NAE_ERA_R-1992_EV_Ehitusministeerium, lk 27
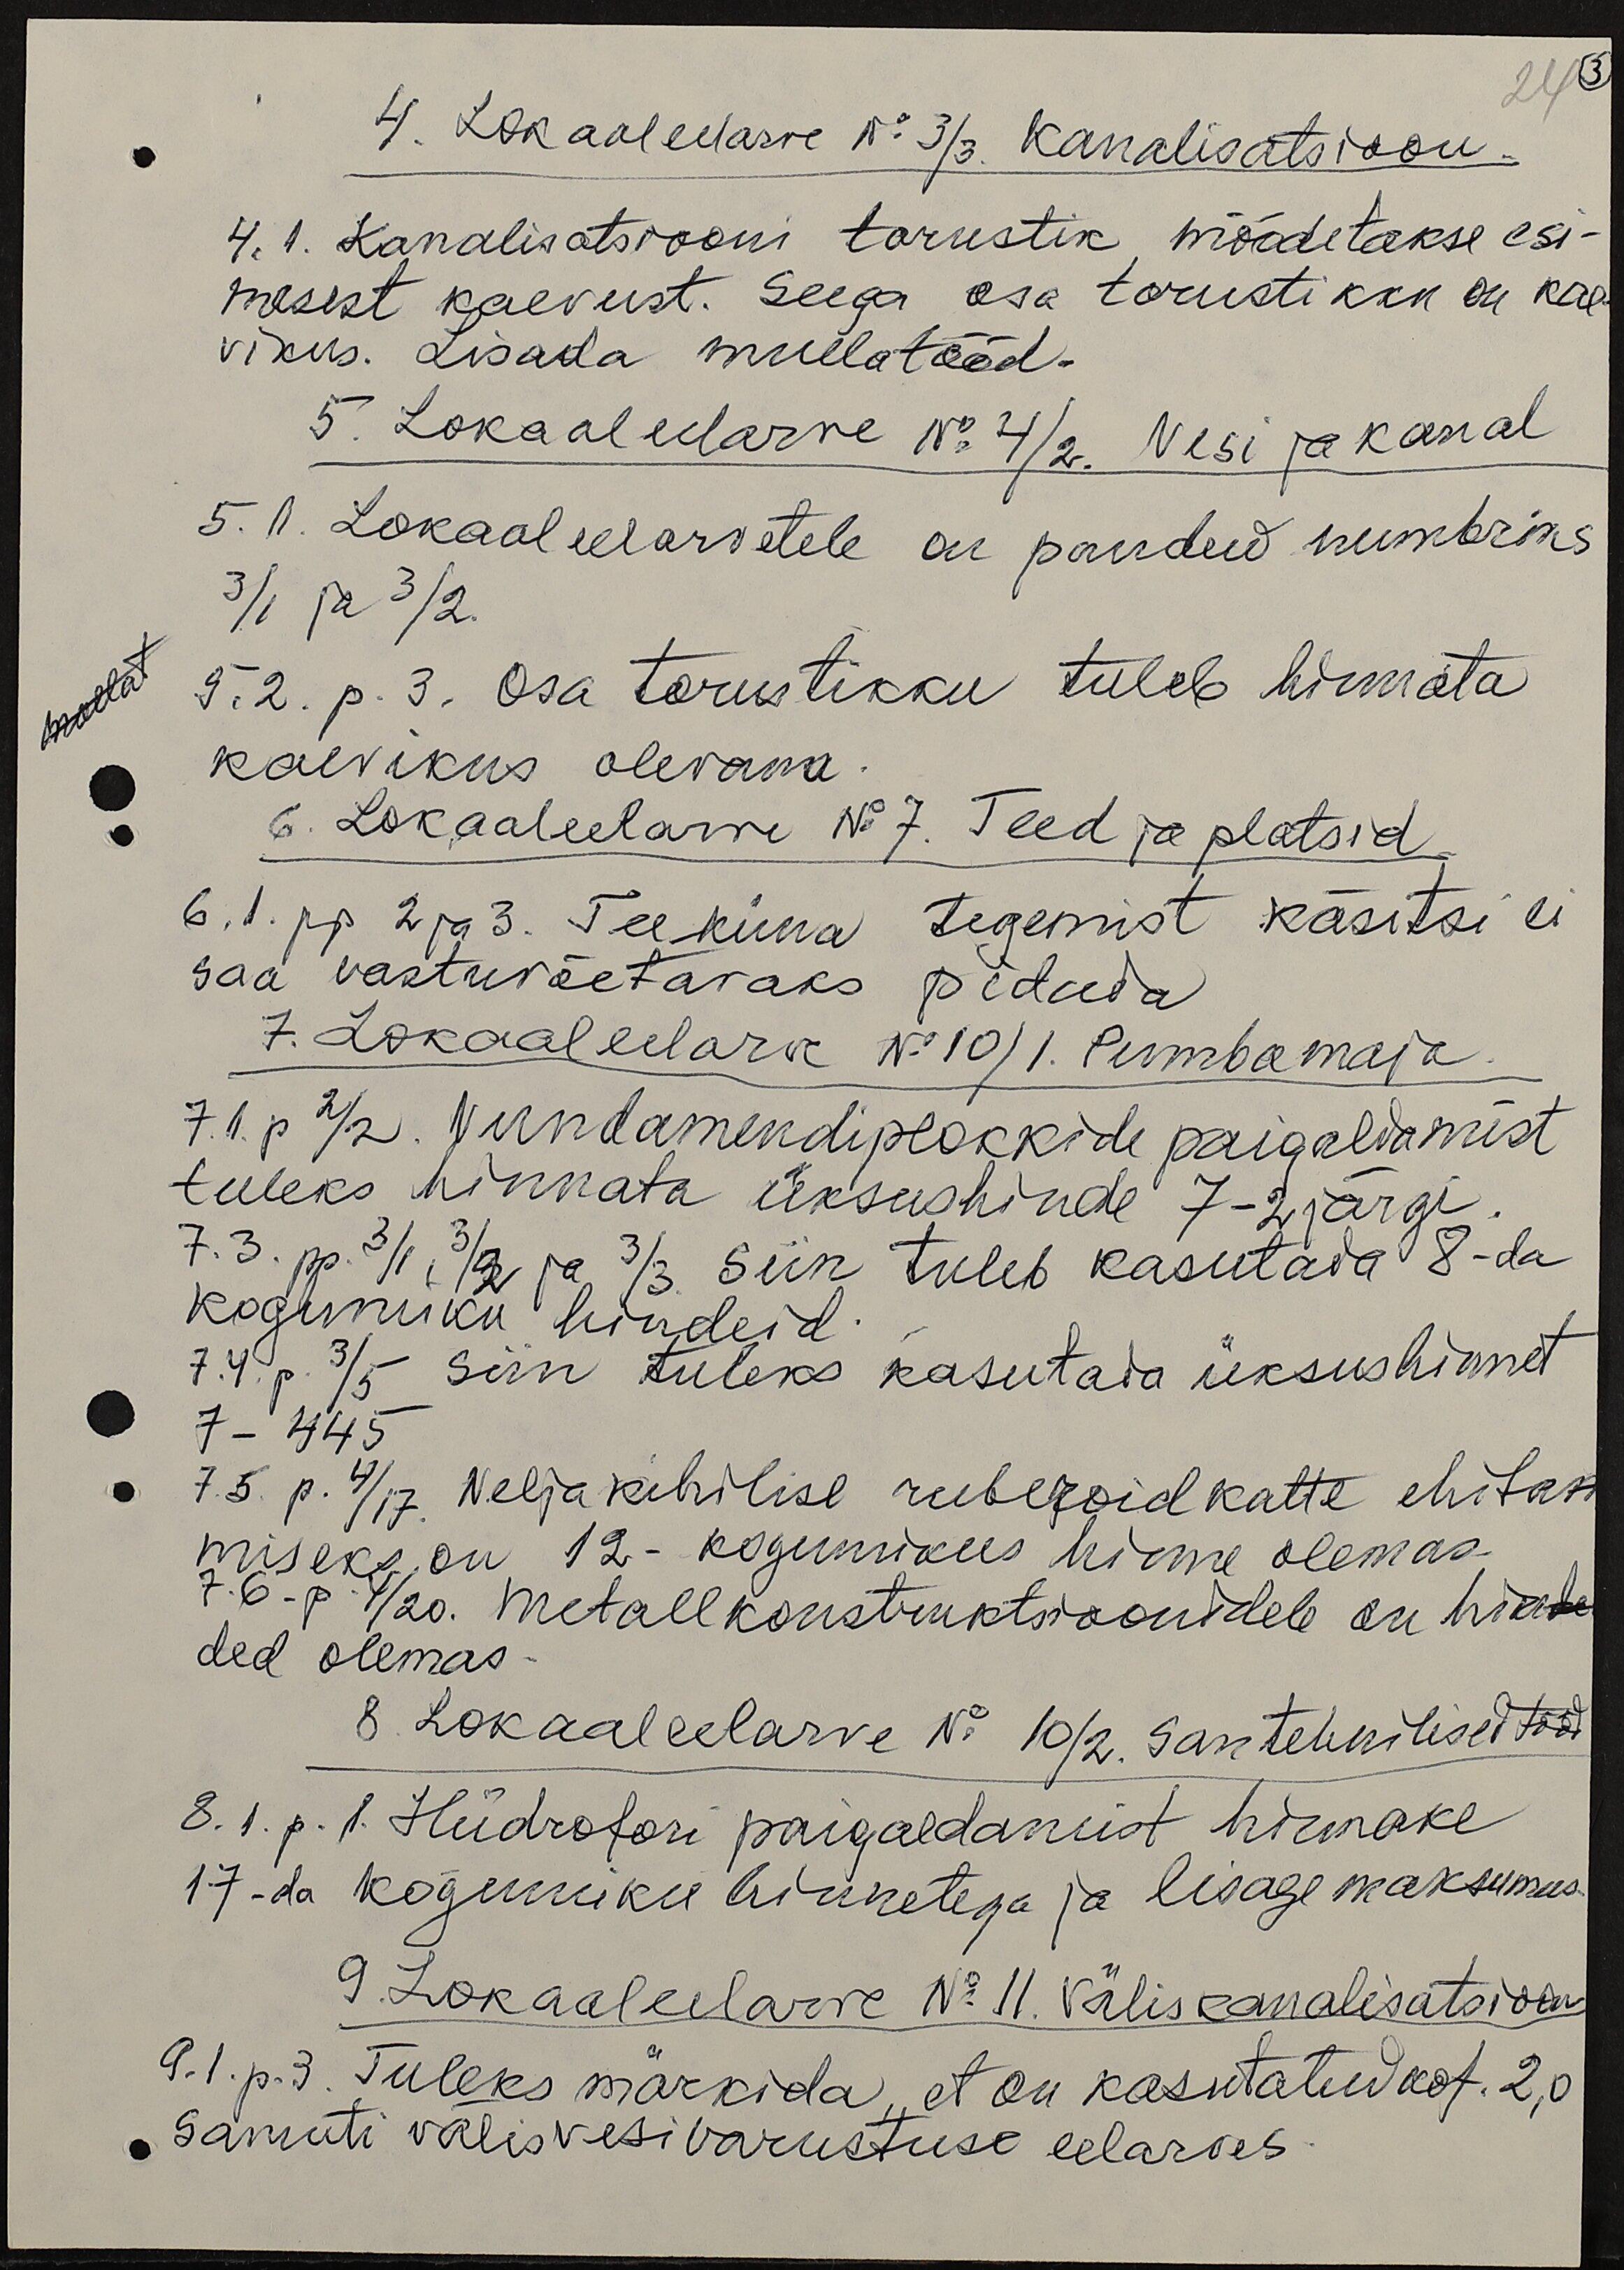
24 3
4. Lokaaleelarve No 3/3. Kanalisatsioon.
4. 1. Kanalisatsiooni torustik mõõdetakse esi-
mesest kaevust. Seega osa torustikku on kae-
vikus. Lisada mullatööd.
5. Lokaaleelarve No 4/2. Vesi ja kanal
5. 1. Lokaaleelarvetele on pandud numbriks
3/1 ja 3/2.
5.2. p. 3. Osa torustikku tuleb hinnata
kaevikus olevana
6. Lokaaleelarve No 7. Teed ja platsid
6.1.pp 2 ja 3. Teeküna tegemist käsitsi ei
saa vastuvõetavaks pidada
7. Lokaaleelarve No 10/1. Pumbamaja
7.1. p 2/2. Vundamendiplokkide paigaldamist
tuleks hinnata üksushinde 7-2 järgi
7.3. pp. 3/1, 3/2 ja 3/3 siin tuleb kasutada 8-da
kogumiku hindeid.
7.4. p. 3/5 siin tuleks kasutada üksushinnet
7-445
7.5. p. 4/17. Neljakihilise ruberoid katte ehita-
miseks on 12-kogumikus hinne olemas.
7.6. p. 4/20. metallkonstruktioonidele on hin-
ded olemas.
8. Lokaaleelarve No 10/2. santehnilised tööd
8.1. p. 1. Hüdrofori paigaldamist hinnake
17-da kogumiku hinnetega ja lisage maksumus.
9. Lokaaleelarve No 11. Väliskanalisatsioon
9.1. p. 3. Tuleks märkida, et on kasutatud kof. 2,0
samuti välisvesivarustuse eelarves.